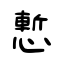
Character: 慙